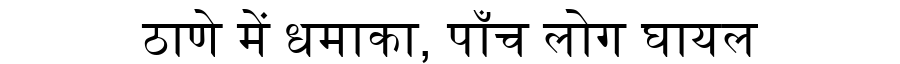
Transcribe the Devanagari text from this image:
ठाणे में धमाका, पाँच लोग घायल